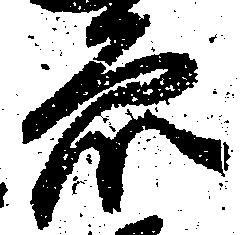
衆